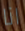
انا